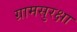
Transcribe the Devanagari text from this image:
ग्रामसुरक्षा